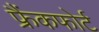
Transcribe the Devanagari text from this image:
फ्रैंकफोर्ट